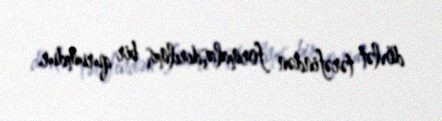
dövlət tərəfindən formalaşdırılmış bir qurumdur.